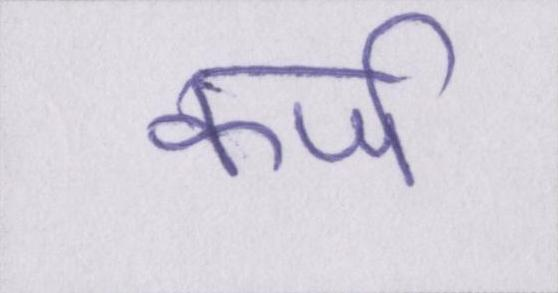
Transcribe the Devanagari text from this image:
कर्ज